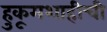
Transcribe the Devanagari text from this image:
हुकूमशाहीची